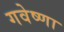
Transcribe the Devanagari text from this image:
गवेष्णा